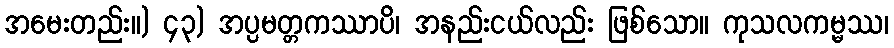
အမေးတည်း။) ၄၃) အပ္ပမတ္တကဿာပိ၊ အနည်းငယ်လည်း ဖြစ်သော။ ကုသလကမ္မဿ၊